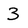
Character: 3